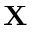
\mathbf { X }